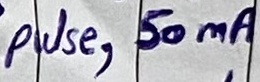
Text: pulse, 50mA